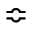
\Bumpeq